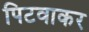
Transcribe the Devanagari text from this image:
पिटवाकर